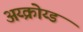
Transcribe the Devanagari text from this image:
अय्क्रोय्ड